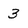
Character: 3